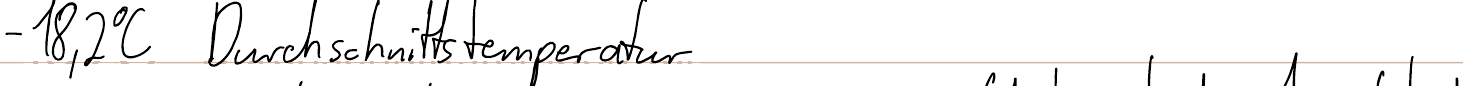
- 18,2 °C Durchschnittstemperatur